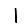
Digit: 1